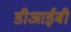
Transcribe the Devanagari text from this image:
डीआईबी